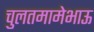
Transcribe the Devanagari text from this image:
चुलतमामेभाऊ